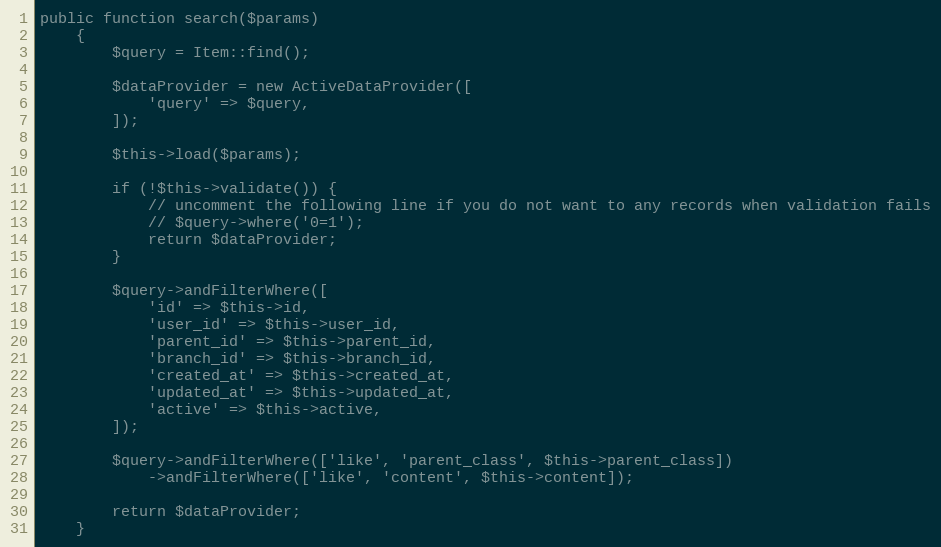
Language: PHP
public function search($params)
    {
        $query = Item::find();

        $dataProvider = new ActiveDataProvider([
            'query' => $query,
        ]);

        $this->load($params);

        if (!$this->validate()) {
            // uncomment the following line if you do not want to any records when validation fails
            // $query->where('0=1');
            return $dataProvider;
        }

        $query->andFilterWhere([
            'id' => $this->id,
            'user_id' => $this->user_id,
            'parent_id' => $this->parent_id,
            'branch_id' => $this->branch_id,
            'created_at' => $this->created_at,
            'updated_at' => $this->updated_at,
            'active' => $this->active,
        ]);

        $query->andFilterWhere(['like', 'parent_class', $this->parent_class])
            ->andFilterWhere(['like', 'content', $this->content]);

        return $dataProvider;
    }